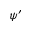
\psi ^ { \prime }